Civil Veterinary Department Bihar reports 1940-50 - 1940-1950
Year: 1940
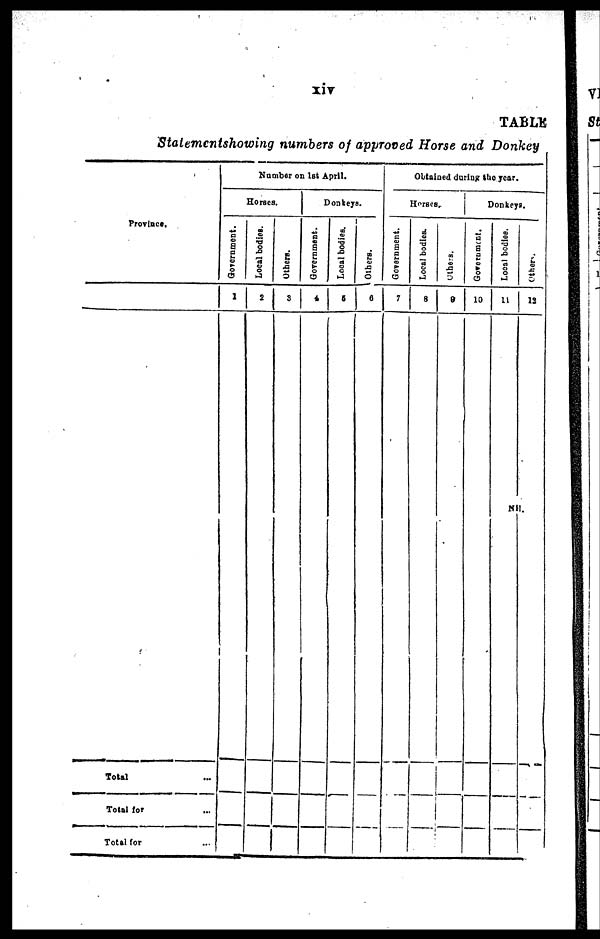
xiv
TABLE
Stalement showing numbers of approved Horse and Donkey
Province.
Total ...
Total for ...
Total for ...
Number on 1st April.
Horses.
Government.
1
Local bodies.
2
Others.
3
Donkeys.
Government.
4
Local bodies.
5
Others.
6
Obtained during the year.
Horses.
Government.
7
Local bodies.
8
Others
9
Donkeys.
Government.
10
Local bodies.
11
Nil
Others.
12
I.